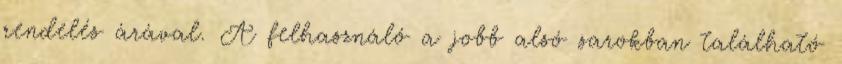
rendelés árával. A felhasználó a jobb alsó sarokban található